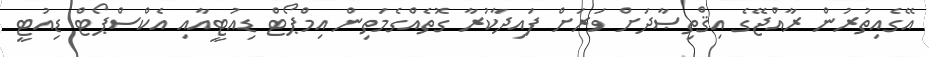
އޭގެއިތުރުން ރާއްޖޭގެ އިޤްތިޞާދަށް ވަރަށް ފައިދާކުރާ ގޮތެއްގެމަތިން އިމްޕޯޓް ޑިއުޓީއާއި އެކްސްޕޯޓް ޑިއުޓީ